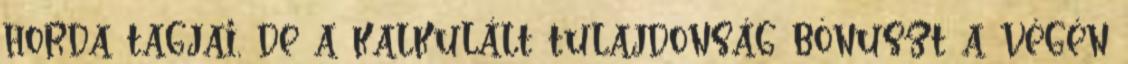
horda tagjai, de a kalkulált tulajdonság bónuszt a végén